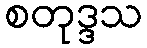
စတုဒ္ဒသ